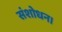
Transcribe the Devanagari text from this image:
संशोधन।